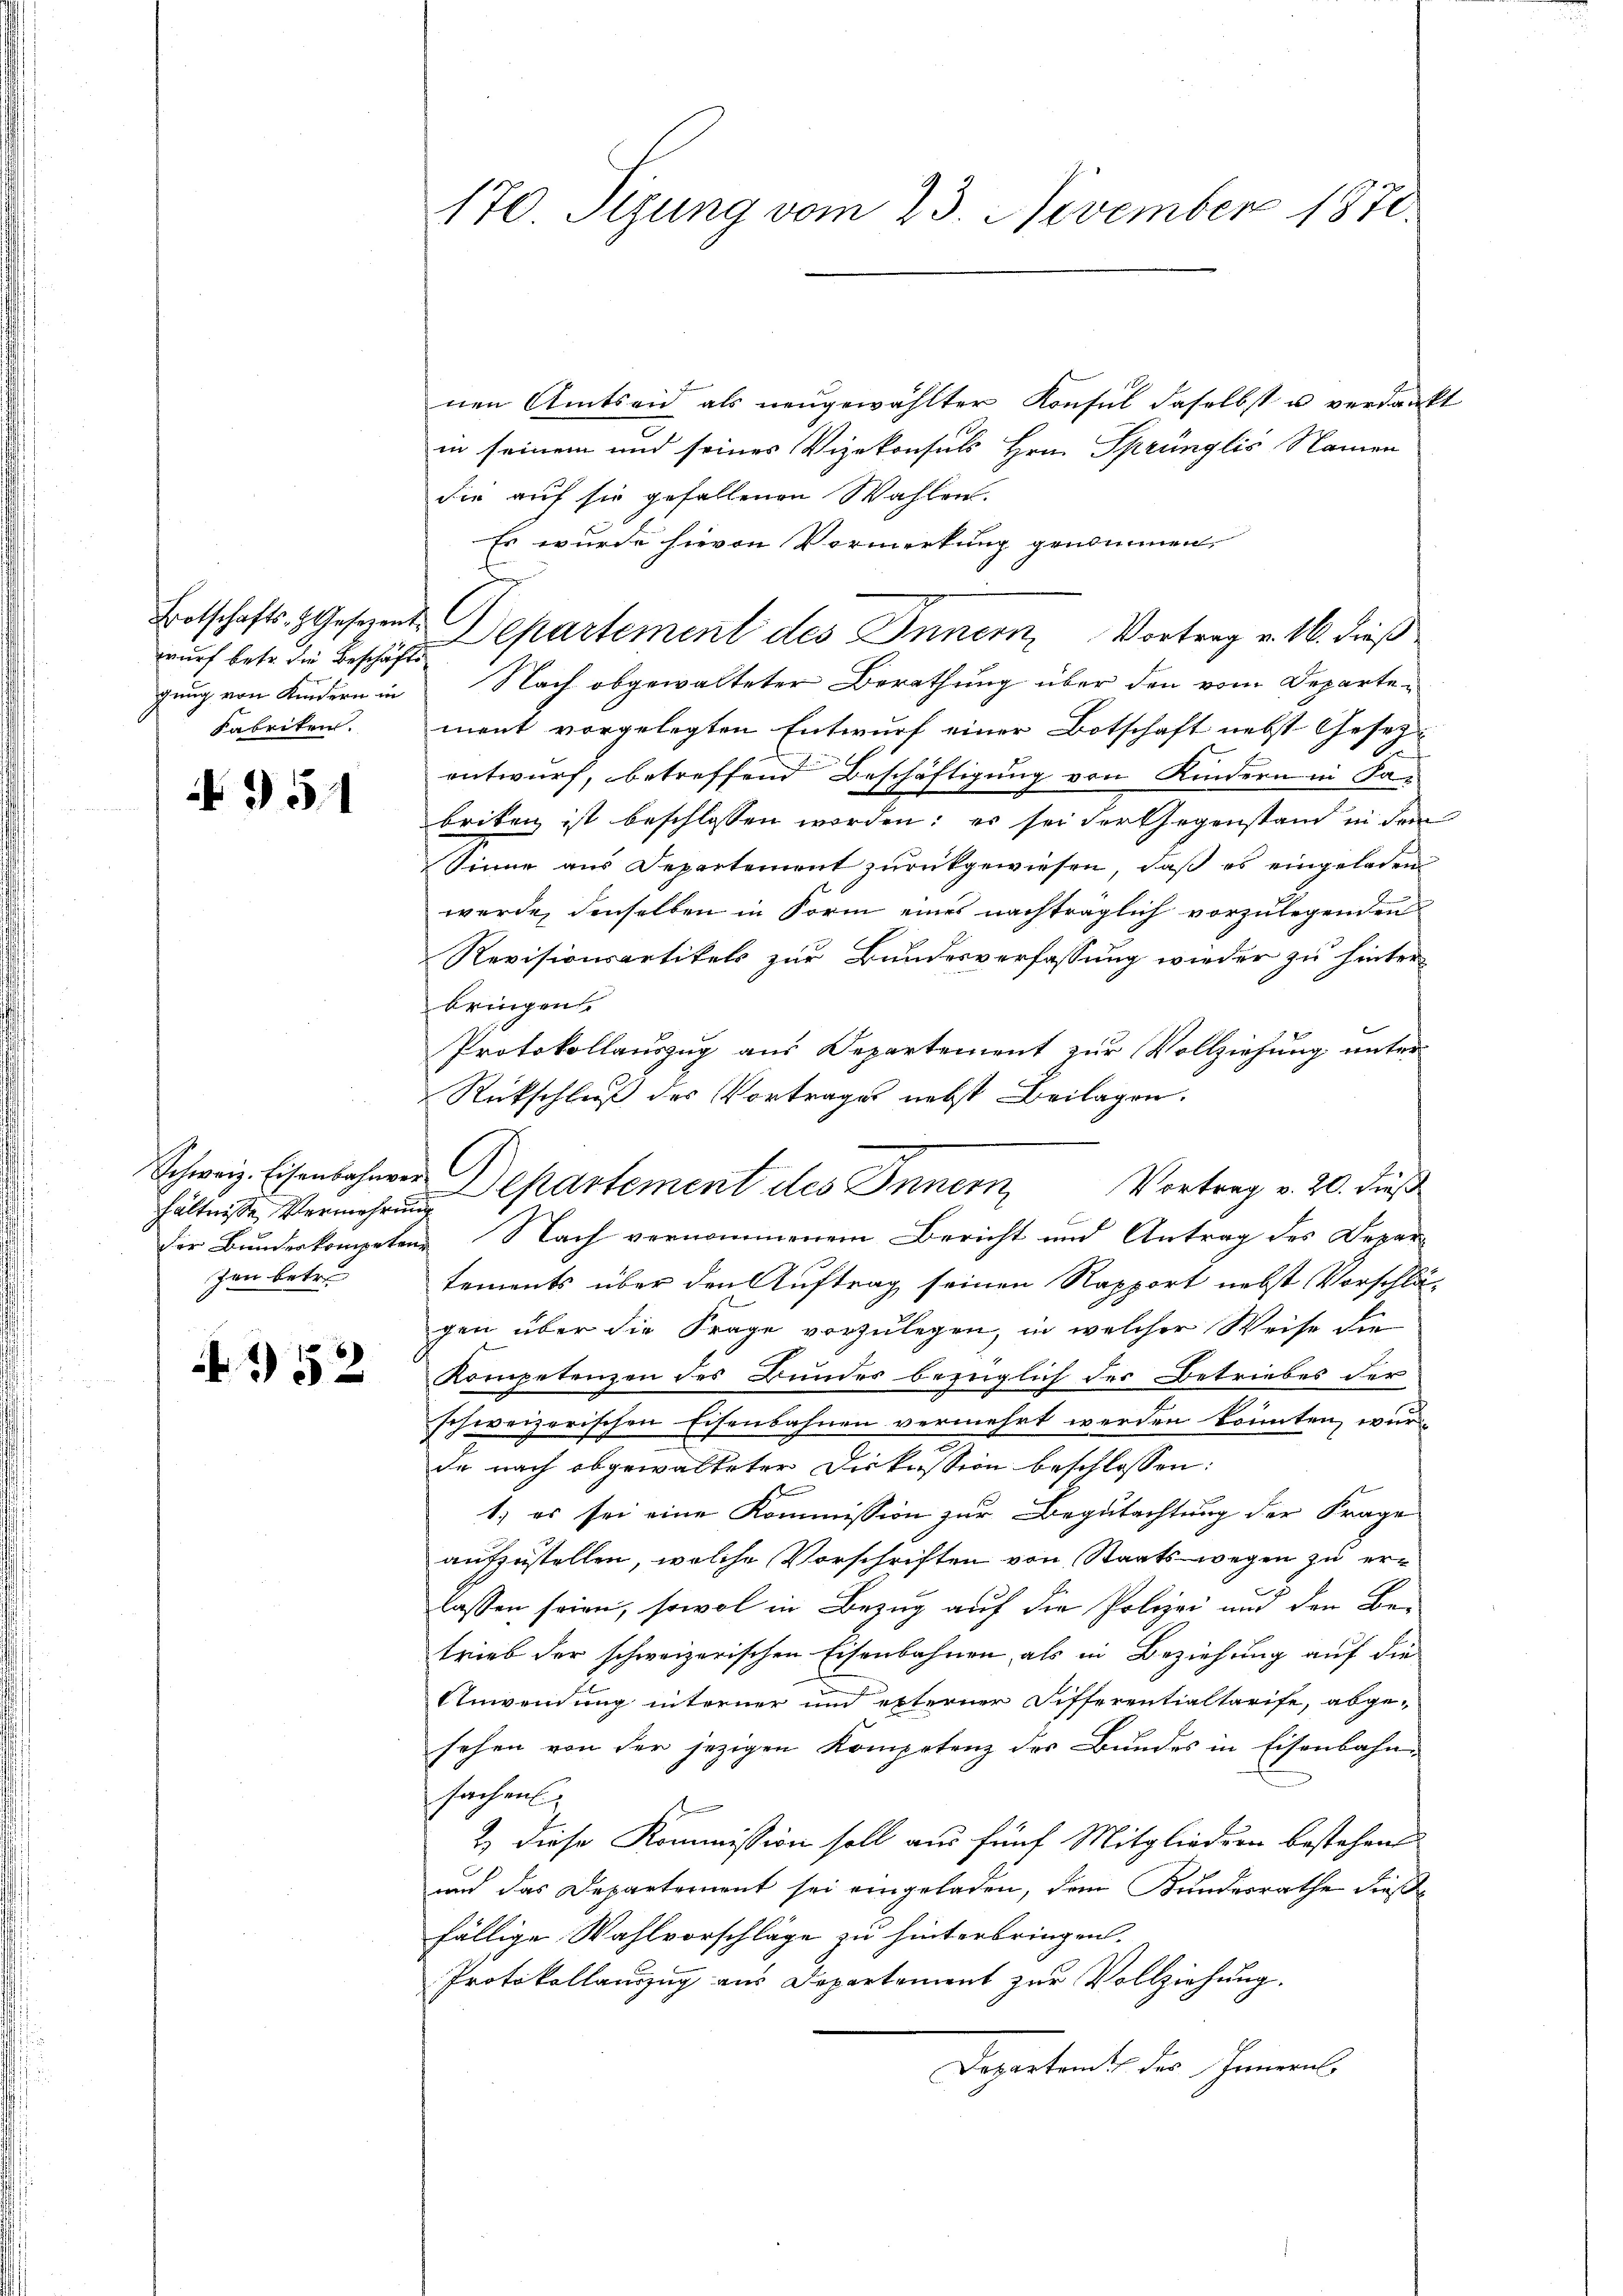
wurf betr. die Beschäfts
gung von Kindern in
Fabriken.

N 951

hältnisse Vermehrung
zen betre

A 152

170. Sizung vom 23. November 1870.

nen Amtseid als neŭgewählter Konsul daselbst u verdankt
in seinem und seines Vizekonsuls Hrn. Sprünglis Namen
die auf sie gefallenen Wahlen.
Es wurde hievon Vormerkung genommen.
Entschafts-Gesezents Departement des Innern, Vortrag v. 16. dieß
Nach obgewalteter Berathung über den vom Departement vorgelegten Entwurf einer Botschaft nebst Gesetzentwurf, betreffend Beschäftigung von Kindern in Fa-
briken ist beschlossen worden; es sei der Gegenstand in dem
Sinne aus Departement zurückgewiesen, daß es eingeladen
werde, denselben in Form eines nachträglich vorzulegenden
Revisionsartikels zur Bundesverfassung wieder zu hinter
bringen.
Protokollauszug aus Departement zur Vollziehung unter
Rückschluß des Vortrages nebst Beilagen.
Schweiz. Eisenbahner Departement des Innern, Vortrag v. 20. dieß
der Bundeskompeten Nach vernommenem Bericht und Antrag des Departements über den Auftrag seinen Rapport nebst Vorschlägen über die Frage vorzulegen, in welcher Weise die
Kompetenzen des Bunder bezüglich der Betriebes der
schweizerischen Eisenbahnen vermehrt werden könnten, wurd
7
de nach abgewalteter Diskussion beschlossen:
1; es sei eine Kommission zur Begutachtung der Frage
aufzustellen, welche Vorschriften von Staatswegen zu erlassen seien, sowol in Bezug auf die Polizei und den Be-
trieb der schweizerischen Eisenbahnen, als in Beziehung auf die
Anwendung interner und externer Sifferentialtarife, abge-
sehen von der jezigen Kompetenz der Bundes in Eisenbahn-
sachen
f
2) diese Kommission soll aus fünf Mitgliedern bestehen
und das Departement sei eingeladen, dem Kundesrathe dießfällige Wahlvorschläge zu hinterbringen.
Protokollauszug aus Departement zur Vollziehung.
Departent des Gemeins

r

.

.